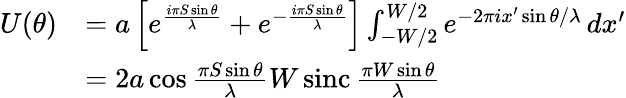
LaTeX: {\begin{array}{rl}{U(\theta)}&{=a\left[e^{\frac{i\pi S\sin\theta}{\lambda}}+e^{-{\frac{i\pi S\sin\theta}{\lambda}}}\right]\int_{-W/2}^{W/2}e^{{-2\pi ix^{\prime}\sin\theta}/\lambda}\, dx^{\prime}}\\ &{=2a\cos{\frac{\pi S\sin\theta}{\lambda}}W\operatorname{sinc}{\frac{\pi W\sin\theta}{\lambda}}}\end{array}}